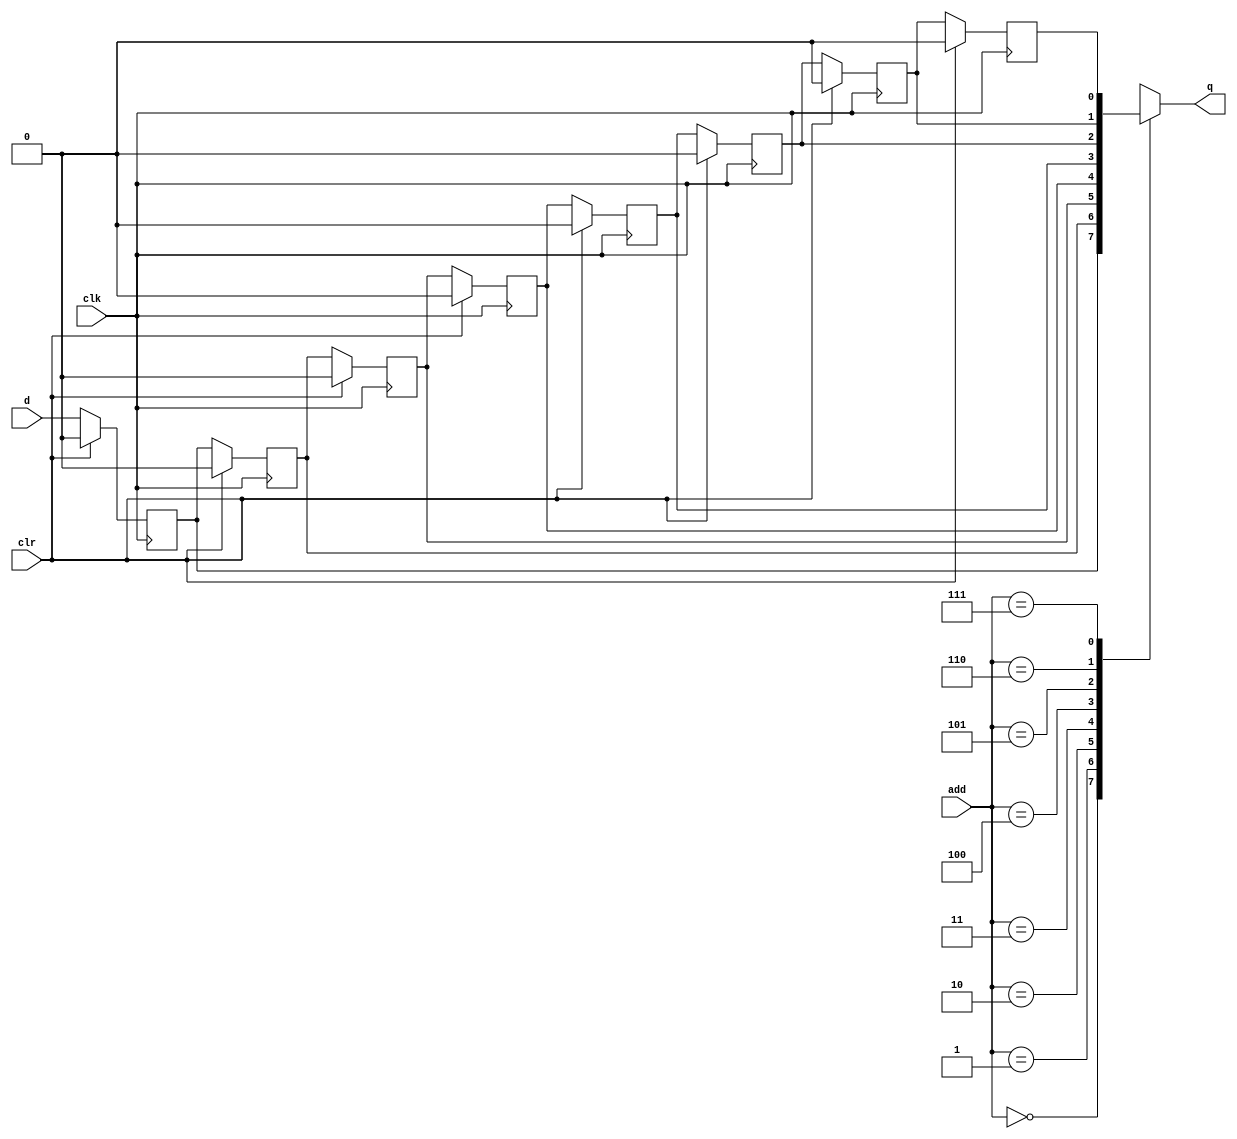
// asr implementado con 8 registros y un multiplexor
module asr8 #(parameter N = 1)(input clk, clr,
                                 input [3-1:0] add,
                                 input [N-1:0] d,
                                 output reg [N-1:0] q
    );

  //salida de cada registro 		
  reg [N-1:0] d1;
  reg [N-1:0] d2;
  reg [N-1:0] d3;
  reg [N-1:0] d4;
  reg [N-1:0] d5;
  reg [N-1:0] d6;
  reg [N-1:0] d7;
  reg [N-1:0] d8;
  
// implemento los registros de forma sincrona
  always @(posedge clk)
    begin
      if(clr)
      d1 <= 0;

      else 
      d1 <= d;
    end 
  
    always @(posedge clk)
      begin
        if(clr)
        d2 <= 0;

        else 
        d2 <= d1;
      end 

    always @(posedge clk)
      begin
        if(clr)
        d3 <= 0;

        else 
        d3 <= d2;
      end 
  
    always @(posedge clk)
      begin
        if(clr)
        d4 <= 0;

        else 
        d4 <= d3;
      end 
  
    always @(posedge clk)
      begin
        if(clr)
        d5 <= 0;

        else 
        d5 <= d4;
      end 
  
    always @(posedge clk)
      begin
        if(clr)
        d6 <= 0;

        else 
        d6 <= d5;
      end 
  
    always @(posedge clk)
      begin
        if(clr)
        d7 <= 0;

        else 
        d7 <= d6;
      end 
  
  
  always @(posedge clk)
    begin
      if(clr)
      d8 <= 0;

      else 
      d8 <= d7;
    end 
  
  
  //multiplexor
  always @*
    case (add)
     0 : q <= d1;
     1 : q <= d2;
     2 : q <= d3;
     3 : q <= d4;
     4 : q <= d5;
     5 : q <= d6;
     6 : q <= d7; 
     7 : q <= d8;
     default : q <= 0;
  endcase
  
endmodule